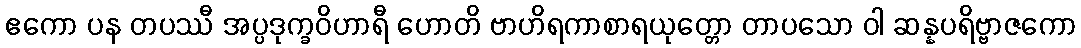
ဧကော ပန တပဿီ အပ္ပဒုက္ခဝိဟာရီ ဟောတိ ဗာဟိရကာစာရယုတ္တော တာပသော ဝါ ဆန္နပရိဗ္ဗာဇကော